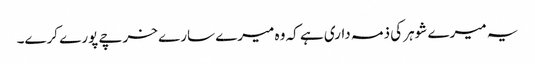
یہ میرے شوہر کی ذمہ داری ہے کہ وہ میرے سارے خرچے پورے کرے۔